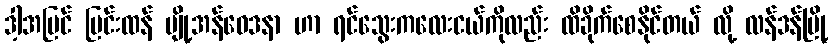
ဒါ့အပြင် ပြင်းထန် ပျို့အန်ဝေဒနာ ဟာ ရင်သွေးကလေးငယ်ကိုလည်း ထိခိုက်စေနိုင်တယ် လို့ လန်ဒန်မြို့